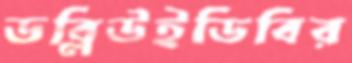
ডব্লিউইডিবির